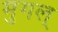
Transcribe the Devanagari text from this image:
मुगल्